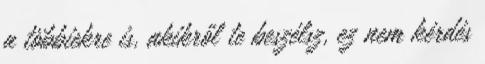
a többiekre is, akikről te beszélsz, ez nem kérdés